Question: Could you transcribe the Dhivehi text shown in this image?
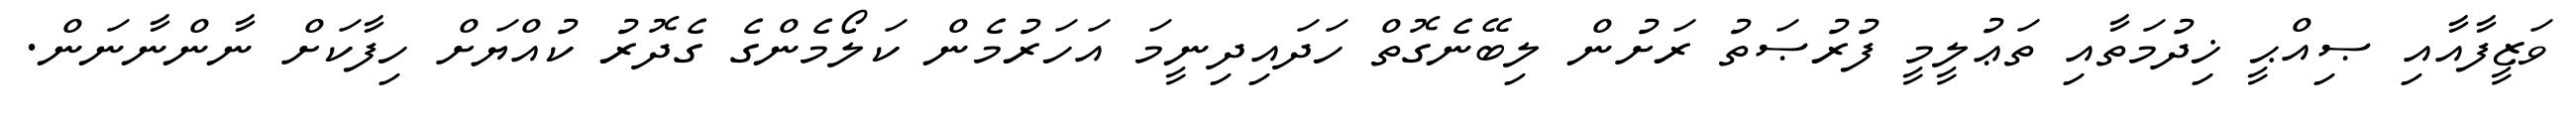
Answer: ވަޒީފާއާއި ޞިއްޙީ ޚިދުމަތާއި ތަޢުލީމީ ފުރުޞަތު ރަށުން ލިބޭނެގޮތް ހަދައިދިނީމަ އަހަރުމެން ކަލޯމެންގެ ގެދޮރު ކުއްޔަށް ހިފާކަށް ނާންނާނަން.